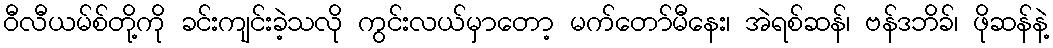
ဝီလီယမ်စ်တို့ကို ခင်းကျင်းခဲ့သလို ကွင်းလယ်မှာတော့ မက်တော်မီနေး၊ အဲရစ်ဆန်၊ ဗန်ဒဘိခ်၊ ဖိုဆန်နဲ့